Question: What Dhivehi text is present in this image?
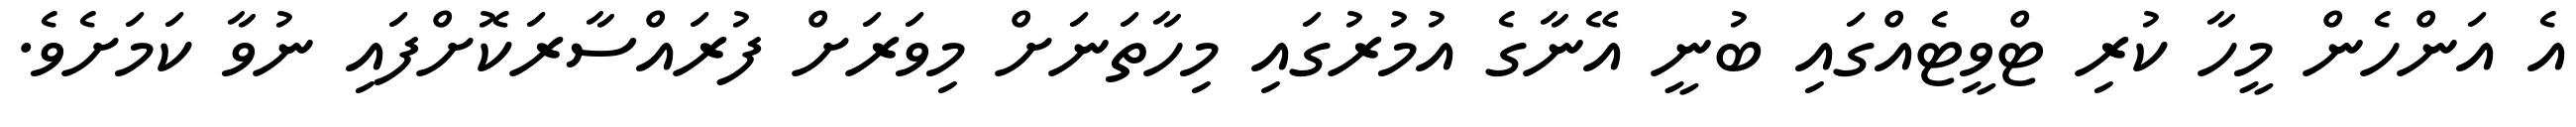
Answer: އެ އަންހެން މީހާ ކުރި ޓްވީޓެއްގައި ބުނީ އޭނާގެ އުމުރުގައި މިހާތަނަށް މިވަރަށް ފުރައްސާރަކޮށްފައި ނުވާ ކަމަށެވެ.